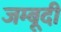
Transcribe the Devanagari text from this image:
जम्बूदी